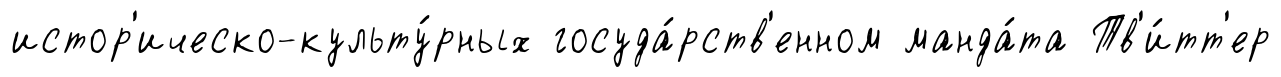
истор'ическо-культу́рных госуда́рств'енном манда́та Тв'и́тт'ер